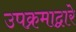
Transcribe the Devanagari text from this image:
उपक्रमाद्वारे